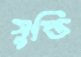
সুপ্তি